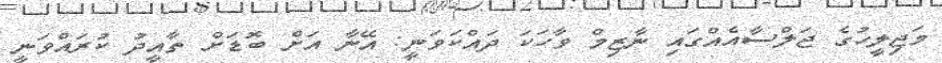
މަޖިލީހުގެ ޖަލްސާއެއްގައި ނާޒިމް ވާހަކަ ދައްކަވަނީ: އޭނާ އަށް ބޮޑަށް ތާއީދު ކުރައްވަނީ